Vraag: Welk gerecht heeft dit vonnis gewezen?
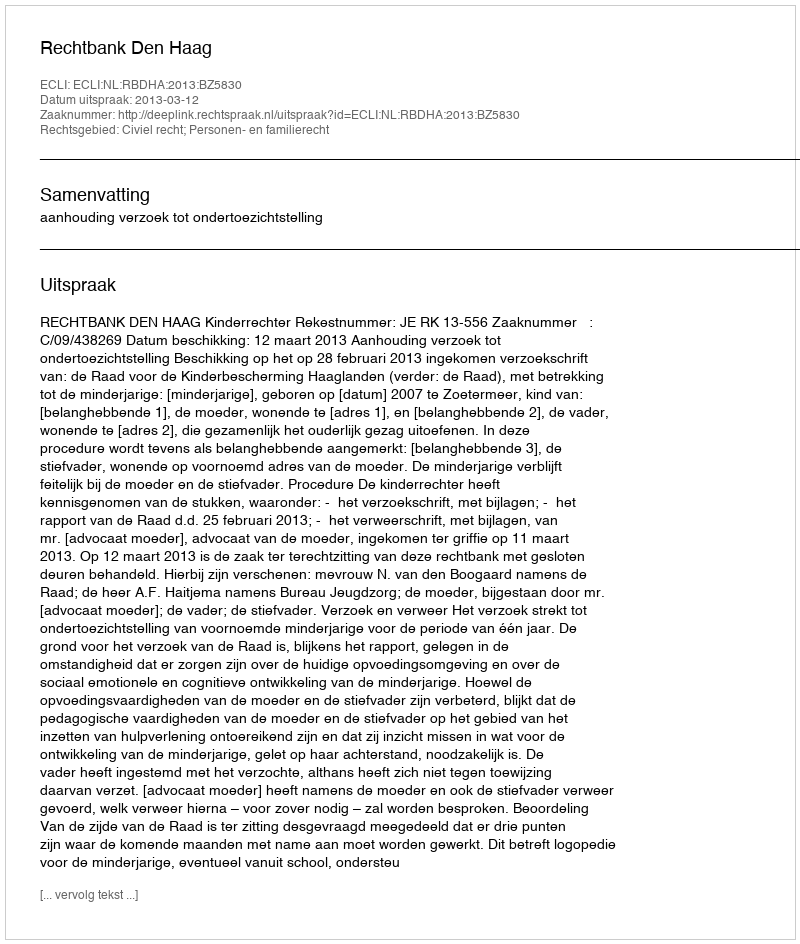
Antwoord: Rechtbank Den Haag